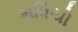
મધિયો